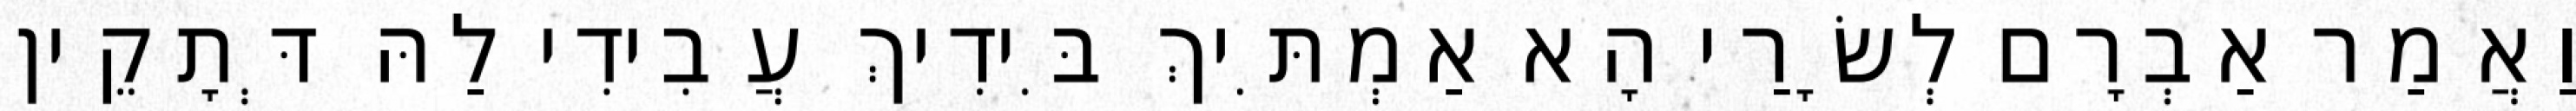
וַאֲמַר אַבְרָם לְשָׂרַי הָא אַמְתִּיךְ בִּידִיךְ עֲבִידִי לַהּ דְּתָקֵין